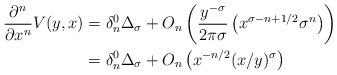
LaTeX: \begin{align*}\frac{\partial^n}{\partial x^n} V(y,x) & = \delta_n^0 \Delta_{\sigma} + O_n \left( \frac{y^{-\sigma}}{2 \pi \sigma} \left( x^{\sigma - n + 1/2} \sigma^{n} \right) \right)\\& = \delta_n^0 \Delta_{\sigma} + O_n \left( x^{-n/2}(x/y)^{\sigma} \right)\end{align*}